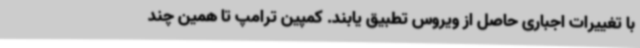
با تغییرات اجباری حاصل از ویروس تطبیق یابند. کمپین ترامپ تا همین چند